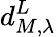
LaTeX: d_{M,\lambda}^{L}